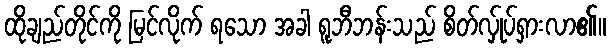
ထိုချည်တိုင်ကို မြင်လိုက် ရသော အခါ ရူဘီဘန်းသည် စိတ်လ်ှုပ်ရှားလာ၏။